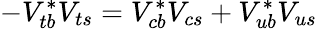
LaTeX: -V_{tb}^{*}V_{ts}=V_{cb}^{*}V_{cs}+V_{ub}^{*}V_{us}